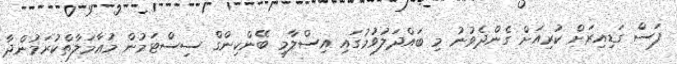
ފަސް ގަޑިއިރަށް ކުރިއަށް ގެންދެވުނު މި ބައްދަލުވުމުގައި އިސްލާމީ ބޭންކިންގް ސިސްޓަމުން މުޢާމަލާތްކުރަމުންދާ